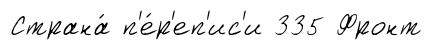
Страна́ п'е́р'еп'ис'и 335 Фронт